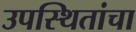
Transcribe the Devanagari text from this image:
उपस्थितांचा